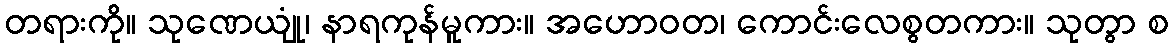
တရားကို။ သုဏေယျုံ၊ နာရကုန်မူကား။ အဟောဝတ၊ ကောင်းလေစွတကား။ သုတွာ စ